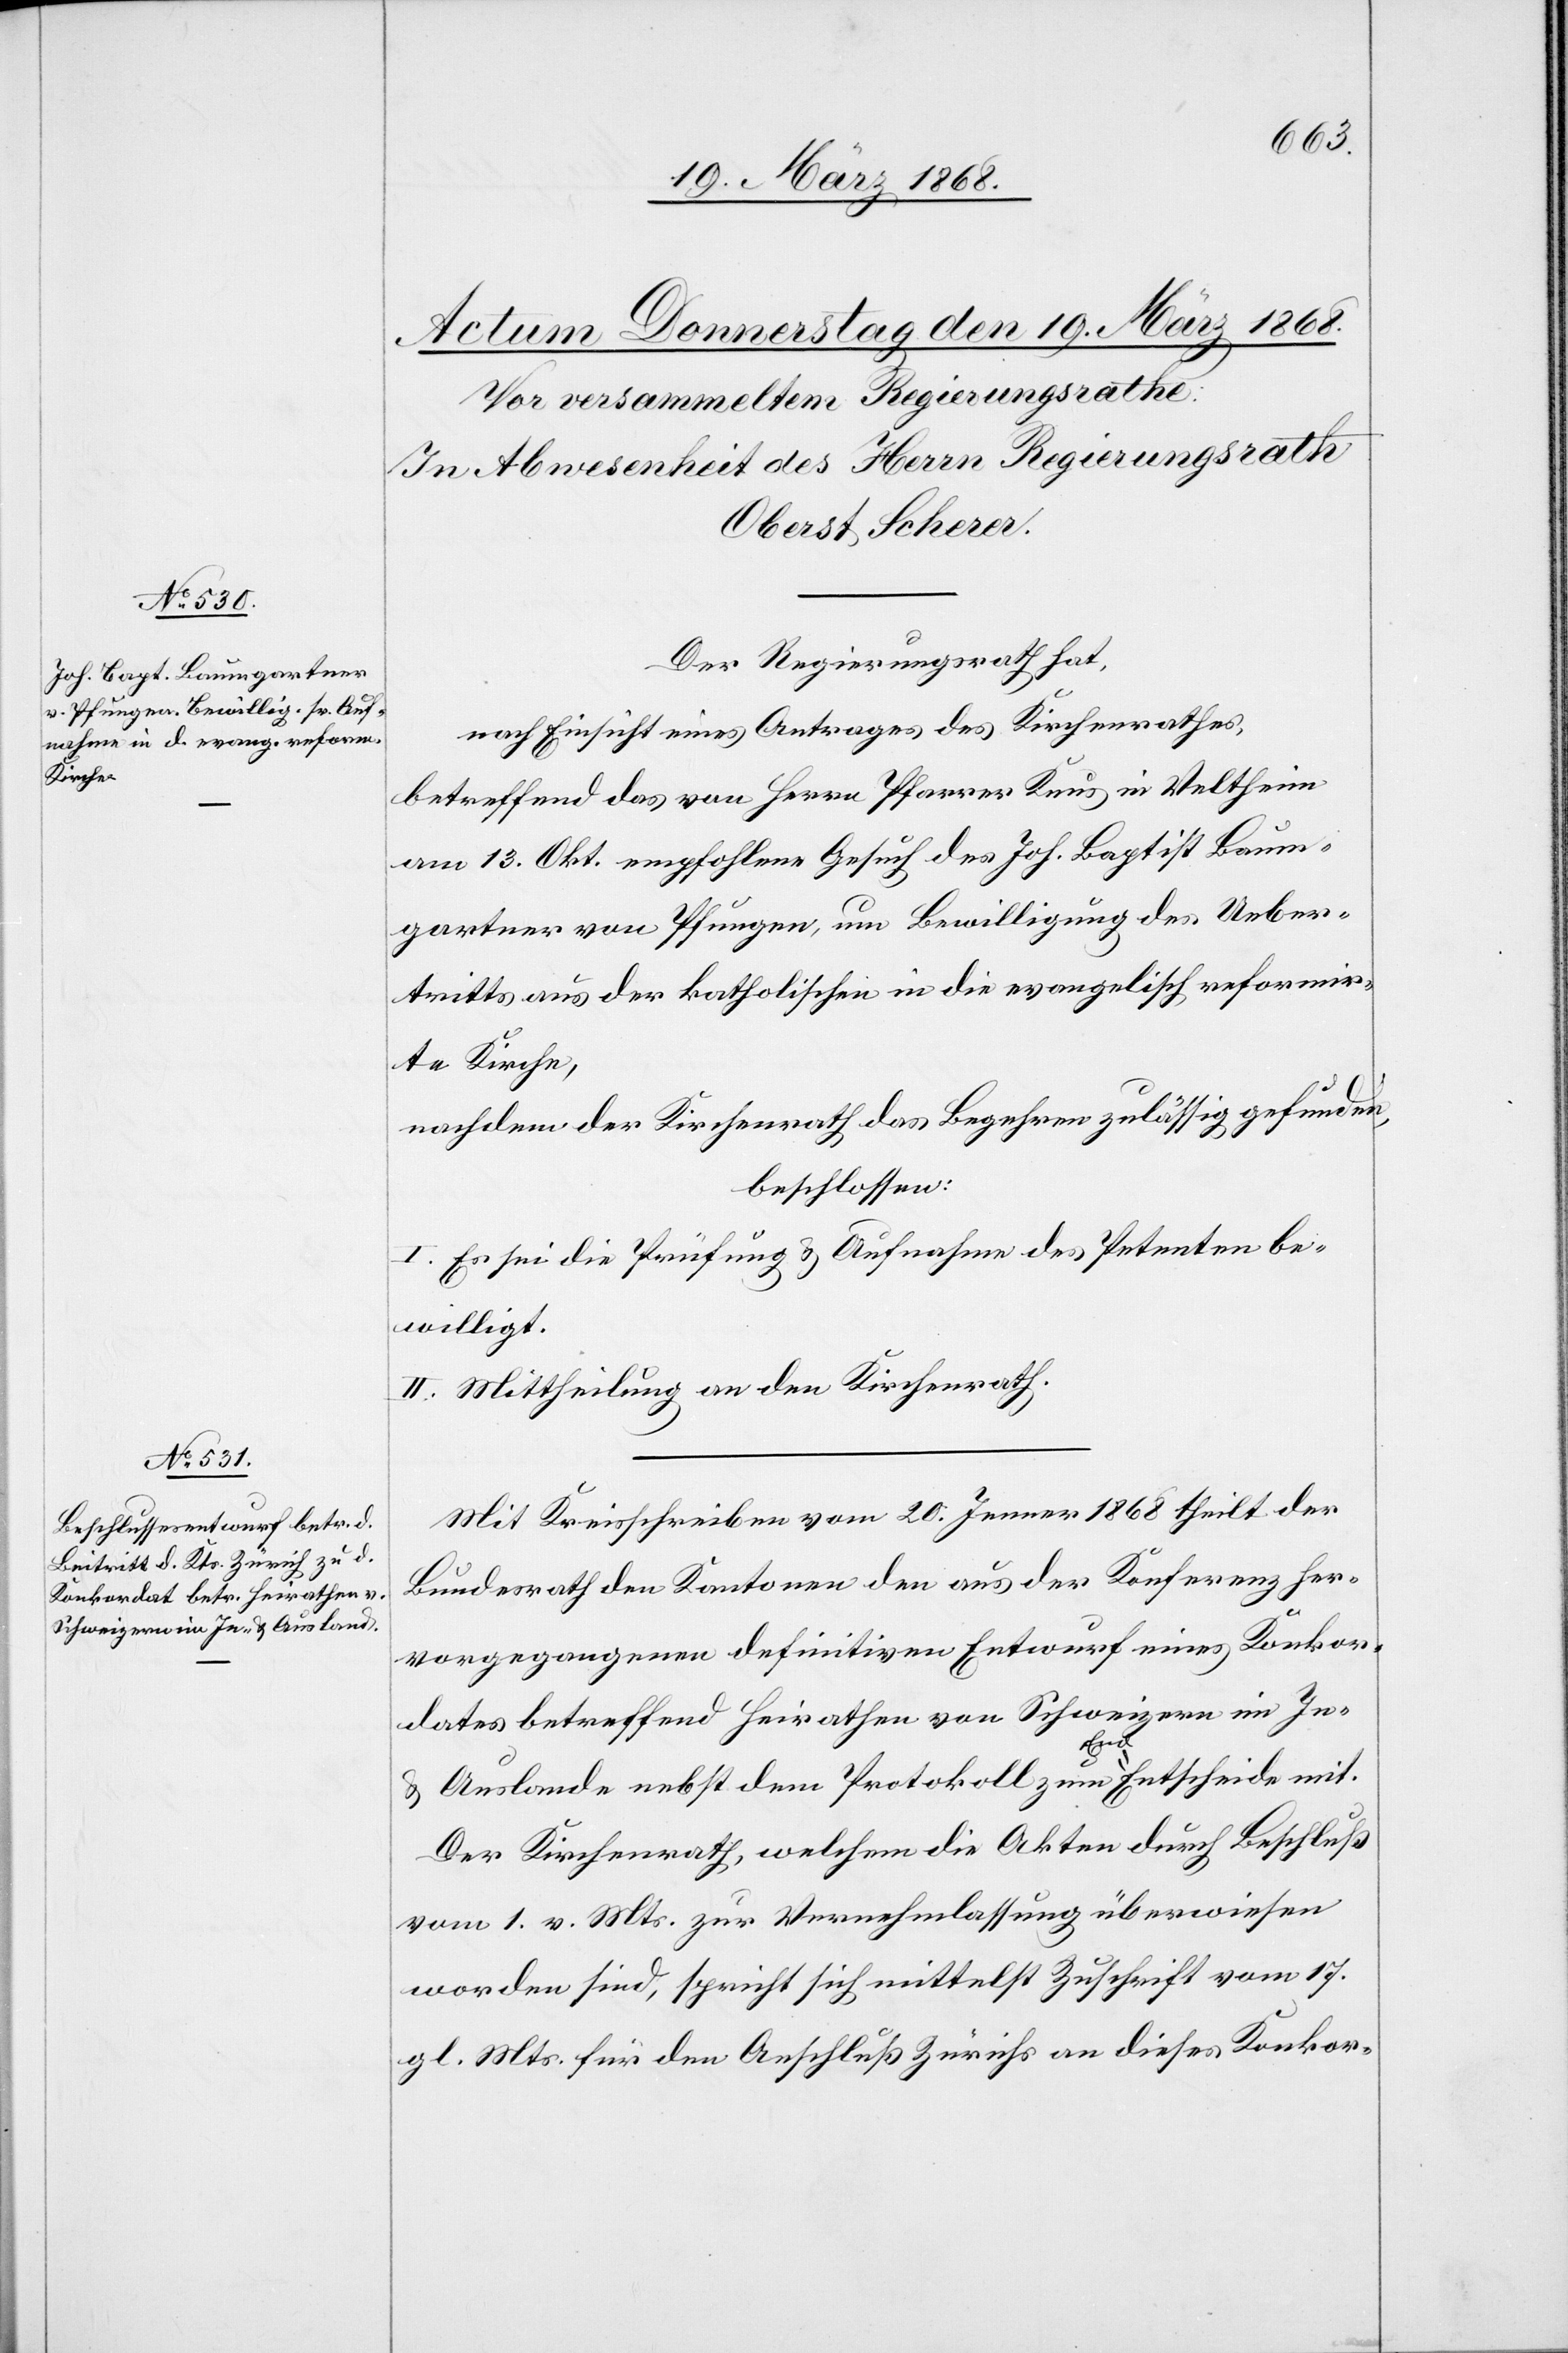
Der Regierungsrath hat,
nach Einsicht eines Antrages des Kirchenrathes,
betreffend das von Herrn Pfarrer Knus in Veltheim
am 13. Okt. empfohlene Gesuch des Joh. Baptist Baum¬
gartner von Pfungen, um Bewilligung des Ueber¬
tritts aus der katholischen in die evangelisch reformir¬
te Kirche,
nachdem der Kirchenrath das Begehren zulässig gefunden,
beschlossen:
I. Es sei die Prüfung & Aufnahme des Petenten be¬
willigt.
II. Mittheilung an den Kirchenrath.
Mit Kreisschreiben vom 20. Jenner 1868 theilt der
Bundesrath den Kantonen den aus der Konferenz her¬
vorgegangenen definitiven Entwurf eines Konkor¬
dates betreffend Heirathen von Schweizern im In-
& Auslande nebst dem Protokoll zum End-Entscheide mit.
Der Kirchenrath, welchem die Akten durch Beschluß
vom 1. v. Mts. zur Vernehmlassung überwiesen
worden sind, spricht sich mittelst Zuschrift vom 17.
gl. Mts. für den Anschluß Zürichs an dieses Konkor-